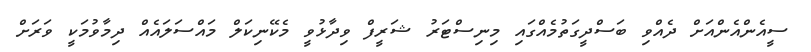
ސީއެންއެންއަށް ދެއްވި ބަސްދީގަތުމެއްގައި މިނިސްޓަރު ޝަރީފް ވިދާޅުވީ މެކޭނިކަލް މައްސަލައެއް ދިމާވުމަކީ ވަރަށް